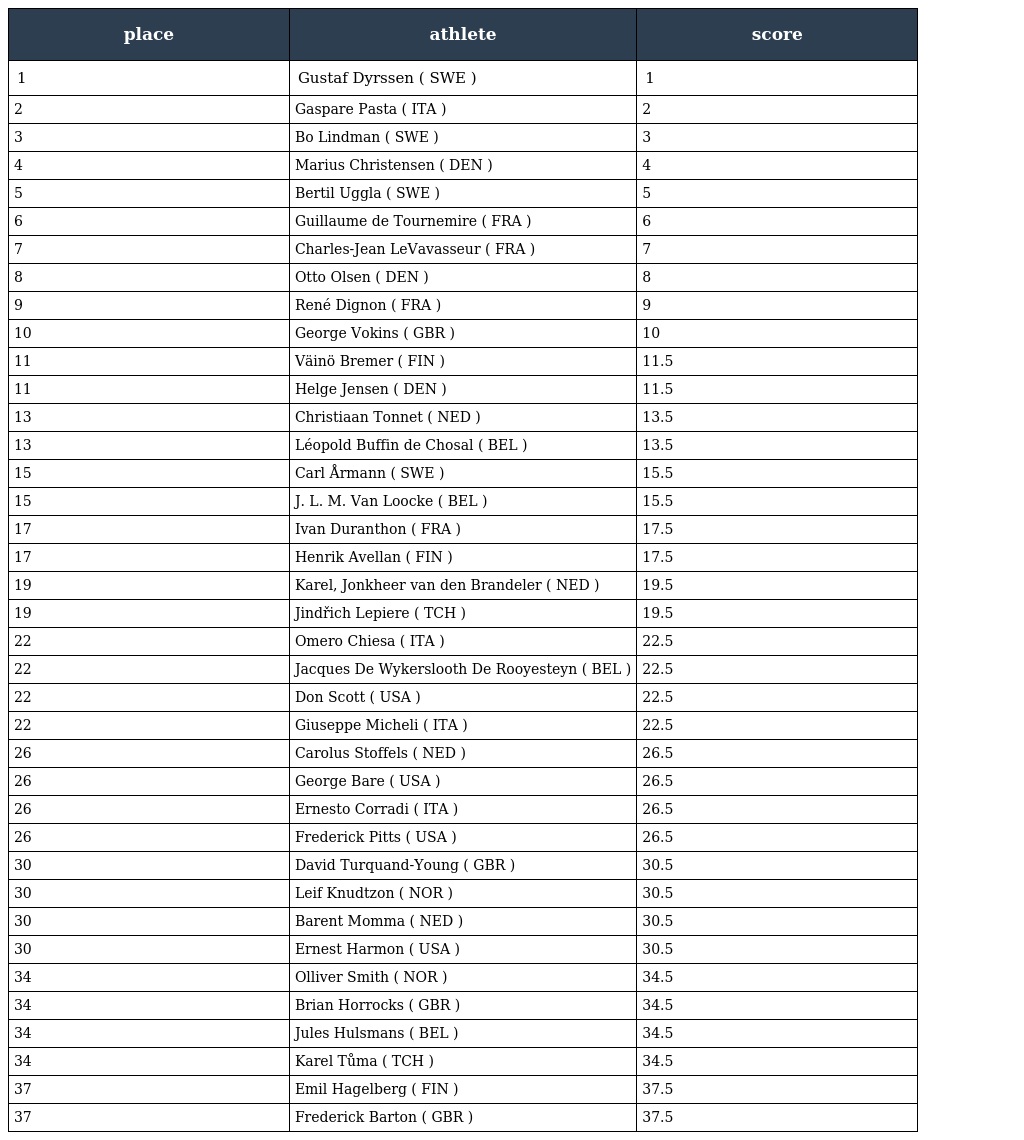
| place | athlete | score |
 | --- | --- | --- |
 | 1 | Gustaf Dyrssen ( SWE ) | 1 |
 | 2 | Gaspare Pasta ( ITA ) | 2 |
 | 3 | Bo Lindman ( SWE ) | 3 |
 | 4 | Marius Christensen ( DEN ) | 4 |
 | 5 | Bertil Uggla ( SWE ) | 5 |
 | 6 | Guillaume de Tournemire ( FRA ) | 6 |
 | 7 | Charles-Jean LeVavasseur ( FRA ) | 7 |
 | 8 | Otto Olsen ( DEN ) | 8 |
 | 9 | René Dignon ( FRA ) | 9 |
 | 10 | George Vokins ( GBR ) | 10 |
 | 11 | Väinö Bremer ( FIN ) | 11.5 |
 | 11 | Helge Jensen ( DEN ) | 11.5 |
 | 13 | Christiaan Tonnet ( NED ) | 13.5 |
 | 13 | Léopold Buffin de Chosal ( BEL ) | 13.5 |
 | 15 | Carl Årmann ( SWE ) | 15.5 |
 | 15 | J. L. M. Van Loocke ( BEL ) | 15.5 |
 | 17 | Ivan Duranthon ( FRA ) | 17.5 |
 | 17 | Henrik Avellan ( FIN ) | 17.5 |
 | 19 | Karel, Jonkheer van den Brandeler ( NED ) | 19.5 |
 | 19 | Jindřich Lepiere ( TCH ) | 19.5 |
 | 22 | Omero Chiesa ( ITA ) | 22.5 |
 | 22 | Jacques De Wykerslooth De Rooyesteyn ( BEL ) | 22.5 |
 | 22 | Don Scott ( USA ) | 22.5 |
 | 22 | Giuseppe Micheli ( ITA ) | 22.5 |
 | 26 | Carolus Stoffels ( NED ) | 26.5 |
 | 26 | George Bare ( USA ) | 26.5 |
 | 26 | Ernesto Corradi ( ITA ) | 26.5 |
 | 26 | Frederick Pitts ( USA ) | 26.5 |
 | 30 | David Turquand-Young ( GBR ) | 30.5 |
 | 30 | Leif Knudtzon ( NOR ) | 30.5 |
 | 30 | Barent Momma ( NED ) | 30.5 |
 | 30 | Ernest Harmon ( USA ) | 30.5 |
 | 34 | Olliver Smith ( NOR ) | 34.5 |
 | 34 | Brian Horrocks ( GBR ) | 34.5 |
 | 34 | Jules Hulsmans ( BEL ) | 34.5 |
 | 34 | Karel Tůma ( TCH ) | 34.5 |
 | 37 | Emil Hagelberg ( FIN ) | 37.5 |
 | 37 | Frederick Barton ( GBR ) | 37.5 |